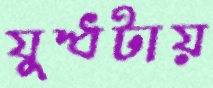
যুদ্ধটায়